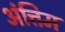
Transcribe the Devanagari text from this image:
अंत्तिम